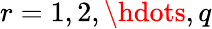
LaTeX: r=1,2,\hdots,q